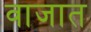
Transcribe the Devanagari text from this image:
वाजात